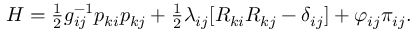
\begin{array} { r } { H = \frac 1 2 g _ { i j } ^ { - 1 } p _ { k i } p _ { k j } + \frac 1 2 \lambda _ { i j } [ R _ { k i } R _ { k j } - \delta _ { i j } ] + \varphi _ { i j } \pi _ { i j } . } \end{array}